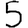
Digit: 5